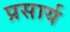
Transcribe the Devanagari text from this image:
प्रसार्य